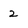
Character: 2